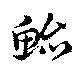
鮐